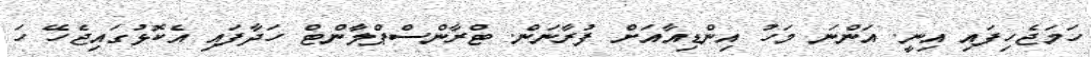
ހަމަޖެހިފައި އިނީ. އަންނަ މަހު އިންޑިއާއަށް ފުރާނަން. ޓްރާންސްޕްލާންޓް ހަދާފައި އެކޮޅުގައިޖެހޭ ހަ